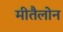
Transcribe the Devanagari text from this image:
मीतैलोन